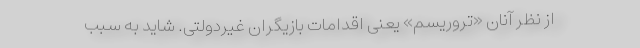
از نظر آنان «تروریسم» یعنی اقدامات بازیگران غیردولتی. شاید به سبب